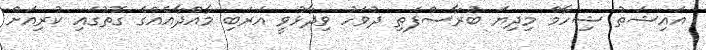
އައިޝަތު ޝިހާމް މިދިޔަ ބުރާސްފަތި ދުވަހު ވިދާޅުވީ އަރަބި މާއްދާއެއްގެ ގޮތުގައި ކުރިއަށް